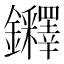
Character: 𨰪